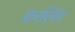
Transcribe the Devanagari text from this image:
क्रालिंग